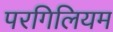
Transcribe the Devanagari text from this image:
परगिलियम